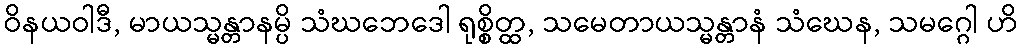
ဝိနယဝါဒီ, မာယသ္မန္တာနမ္ပိ သံဃဘေဒေါ ရုစ္စိတ္ထ, သမေတာယသ္မန္တာနံ သံဃေန, သမဂ္ဂေါ ဟိ